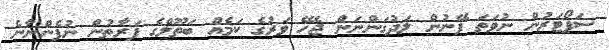
ސަޕޯޓަރުން ނުވަތަ ފޭނުން ލަދުގަންނަން ޖެހޭ ވަރުގެ ކަމެއް ބަތޫލްގެ ފަރާތުން ނުފެންނާނެ